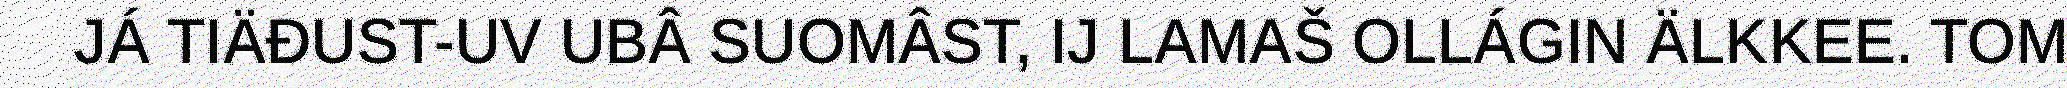
JÁ TIÄĐUST-UV UBÂ SUOMÂST, IJ LAMAŠ OLLÁGIN ÄLKKEE. TOM